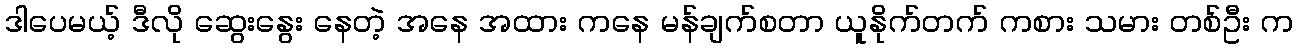
ဒါပေမယ့် ဒီလို ဆွေးနွေး နေတဲ့ အနေ အထား ကနေ မန်ချက်စတာ ယူနိုက်တက် ကစား သမား တစ်ဦး က